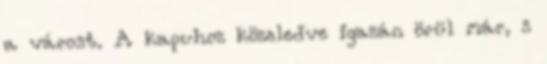
a várost. A kapuhoz közeledve igazán örül már, s